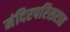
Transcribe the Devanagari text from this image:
मंदिरपरिसरात